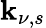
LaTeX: \mathbf{k}_{\nu,s}